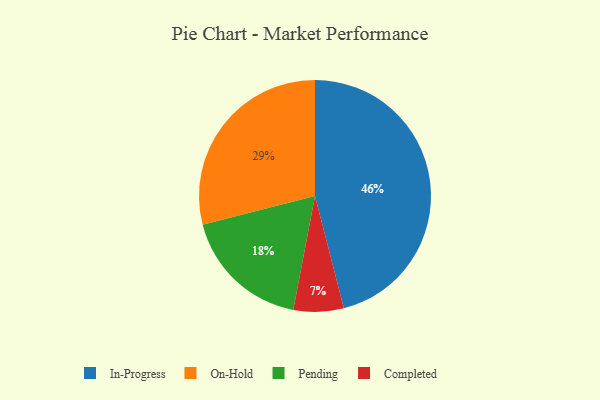
{"axis": {"x": "Category", "y": "Percentage"}, "legend": ["Completed", "In-Progress", "On-Hold", "Pending"], "data": [{"x": "In-Progress", "y": 46, "type": "In-Progress"}, {"x": "Completed", "y": 7, "type": "Completed"}, {"x": "Pending", "y": 18, "type": "Pending"}, {"x": "On-Hold", "y": 29, "type": "On-Hold"}]}